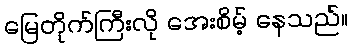
မြေတိုက်ကြီးလို အေးစိမ့် နေသည်။